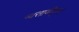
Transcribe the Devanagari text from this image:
व्यसायीकृत